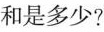
和是多少?